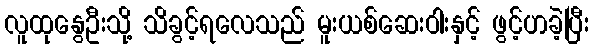
လူထုနွေဦးသို့ သိခွင့်ရလေသည် မူးယစ်ဆေးဝါးနှင့် ဖွင့်ဟခဲ့ပြီး